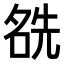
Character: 𠸛